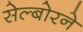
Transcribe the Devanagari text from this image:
सेल्बोरने